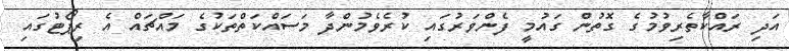
އަދި ރައްކާތެރިވުމުގެ ގޮތުން ގައުމީ ފެންވަރުގައި ކުރެވެމުންދާ މަސައްކަތްތަކުގެ މައްޗައް އެ ރިޕޯޓުގައި